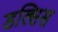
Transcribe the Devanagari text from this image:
डल्सिस